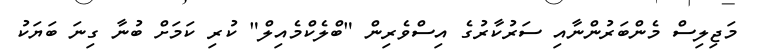
މަޖިލިސް މެންބަރުންނާއި ސަރުކާރުގެ އިސްވެރިން "ބްލެކްމެއިލް" ކުރި ކަމަށް ބުނާ ގިނަ ބަޔަކު